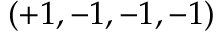
( + 1 , - 1 , - 1 , - 1 )